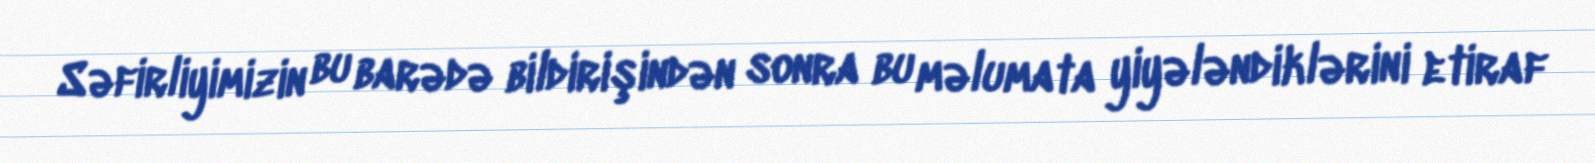
Səfirliyimizin bu barədə bildirişindən sonra bu məlumata yiyələndiklərini etiraf